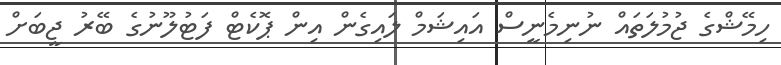
ހިމޭޝްގެ ޖުމުލަތައް ނުނިމެނީސް އައިޝަމް ލައިގެން އިން ޕޮކެޓް ފަޓުލޫނުގެ ބޭރު ޖީބަށް